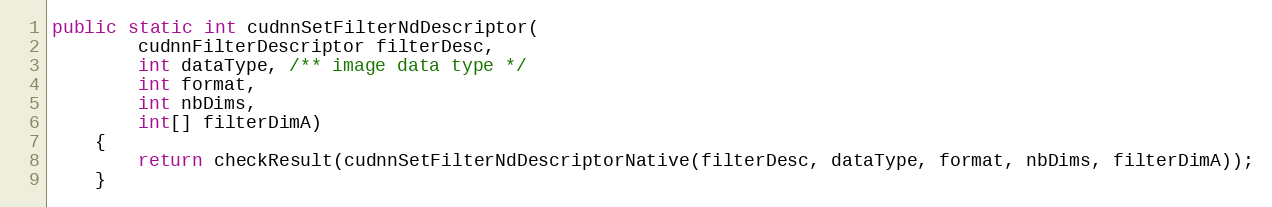
Language: Java
public static int cudnnSetFilterNdDescriptor(
        cudnnFilterDescriptor filterDesc,
        int dataType, /** image data type */
        int format,
        int nbDims,
        int[] filterDimA)
    {
        return checkResult(cudnnSetFilterNdDescriptorNative(filterDesc, dataType, format, nbDims, filterDimA));
    }